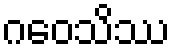
ဂဝေသိဿ